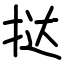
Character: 挞